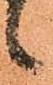
候